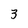
Character: 3